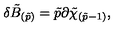
\delta \tilde { B } _ { ( \tilde { p } ) } = \tilde { p } \partial \tilde { \chi } _ { ( \tilde { p } - 1 ) } ,